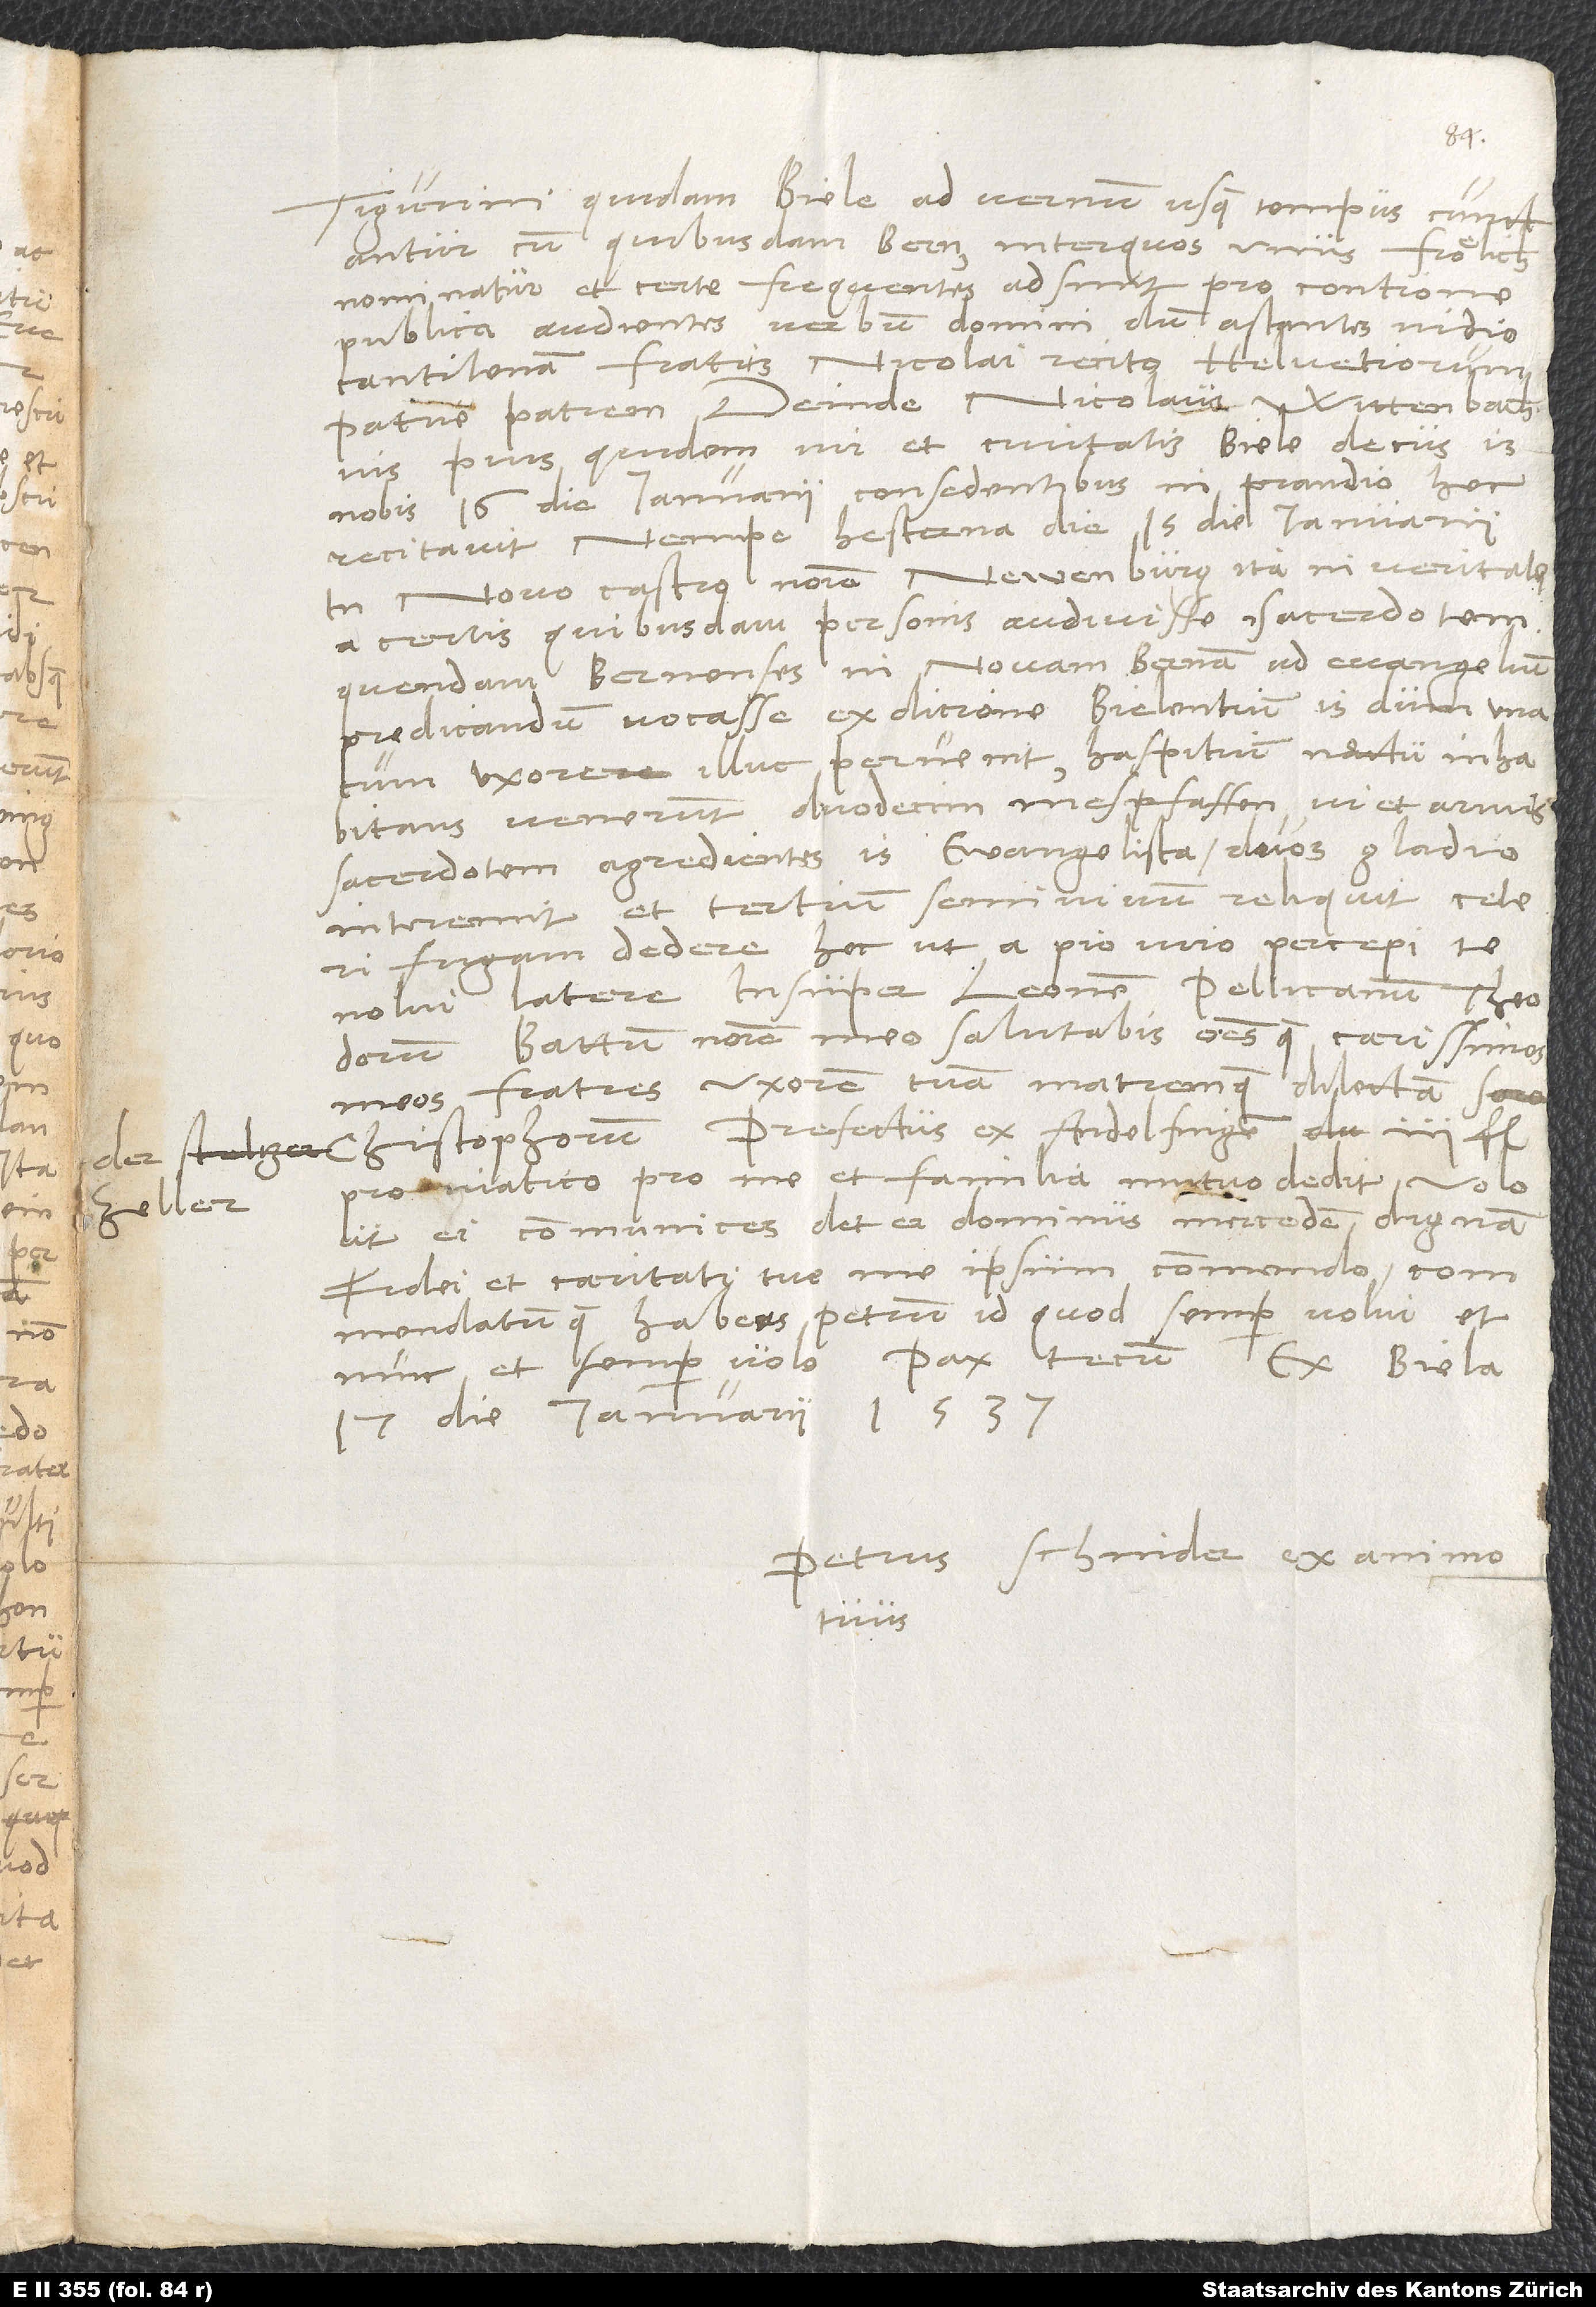
Tigurini quidam Biele ad vernum usque tempus cunctantur
cum quibusdam Bernensibus, inter quos unus Frölich
nominatur, et certe frequentes adsunt pro contione
publica, audientes verbum domini; dum astantes video,
cantilenam fratris Nicolai recito, Helvetiorum
patrie patris. Deinde Nicolaus Wittenbachius,
pius quidem vir et civitatis Biele decus, is
nobis 16. die ianuarii consedentibus in prandio hec
recitavit, nempe hesterna die, 15. die ianuarii,
Newenburg ita in veritate
in Novo Castro nomine
a certis quibusdam personis audivisse sacerdotem
quendam Bernenses in novam Bernam ad evangelium
predicandum vocasse ex dicione Bielensium. Is dum una
cum uxore illuc pervenit, hospitium noctu inhabitans,
venerunt duodecim mespfaffen vi et armis
sacerdotem agredientes. Is ewangelista duos gladio
interemit et tertium semivivum reliquit; ceteri
fugam dedere. Hoc ut a pio viro percepi, te
nolui latere. Insuper Leonem, Pellicanum, Theodorum,
Battum nomine meo salutabis omnesque carissimos
meos fratres, uxorem tuam matremque dilectam,
Christophorum. Prefectus ex Andelfingen 3
pro viatico pro me et familia mutuo dedit. Volo,
ut ei communices. Det ei dominus mercedem dignam.
Fidei et caritati tue me ipsum commendo,
commendatumque habeas Petrum, id quod semper volui et
nunc et semper volo. Pax tecum. Ex Biela,
17. die ianuarii 1537.
Petrus Schnider ex animo
tuus.